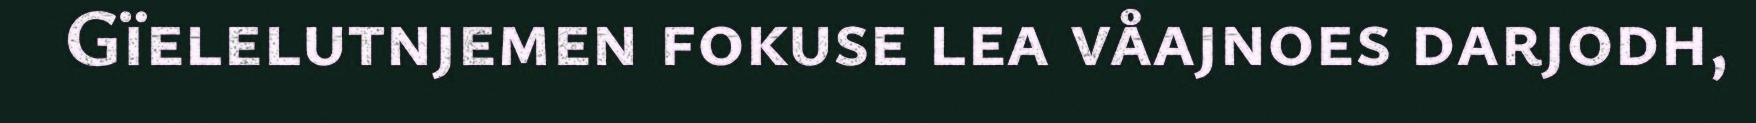
Gïelelutnjemen fokuse lea våajnoes darjodh,